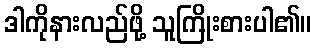
ဒါကိုနားလည်ဖို့ သူကြိုးစားပါ၏။